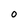
Character: O